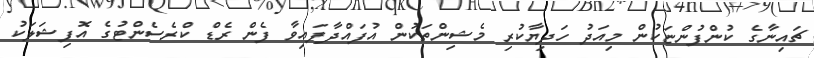
ޗައިނާގެ ކުންފުންޏަކުން މިއަދު ހަދިޔާކުރި މެޝިންތަކުން އުފައްދާފައިވާ ފެން ރެޑް ކްރެސެންޓުގެ އޮފިޝަލަކު